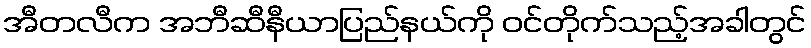
အီတလီက အဘီဆီနီယာပြည်နယ်ကို ဝင်တိုက်သည့်အခါတွင်